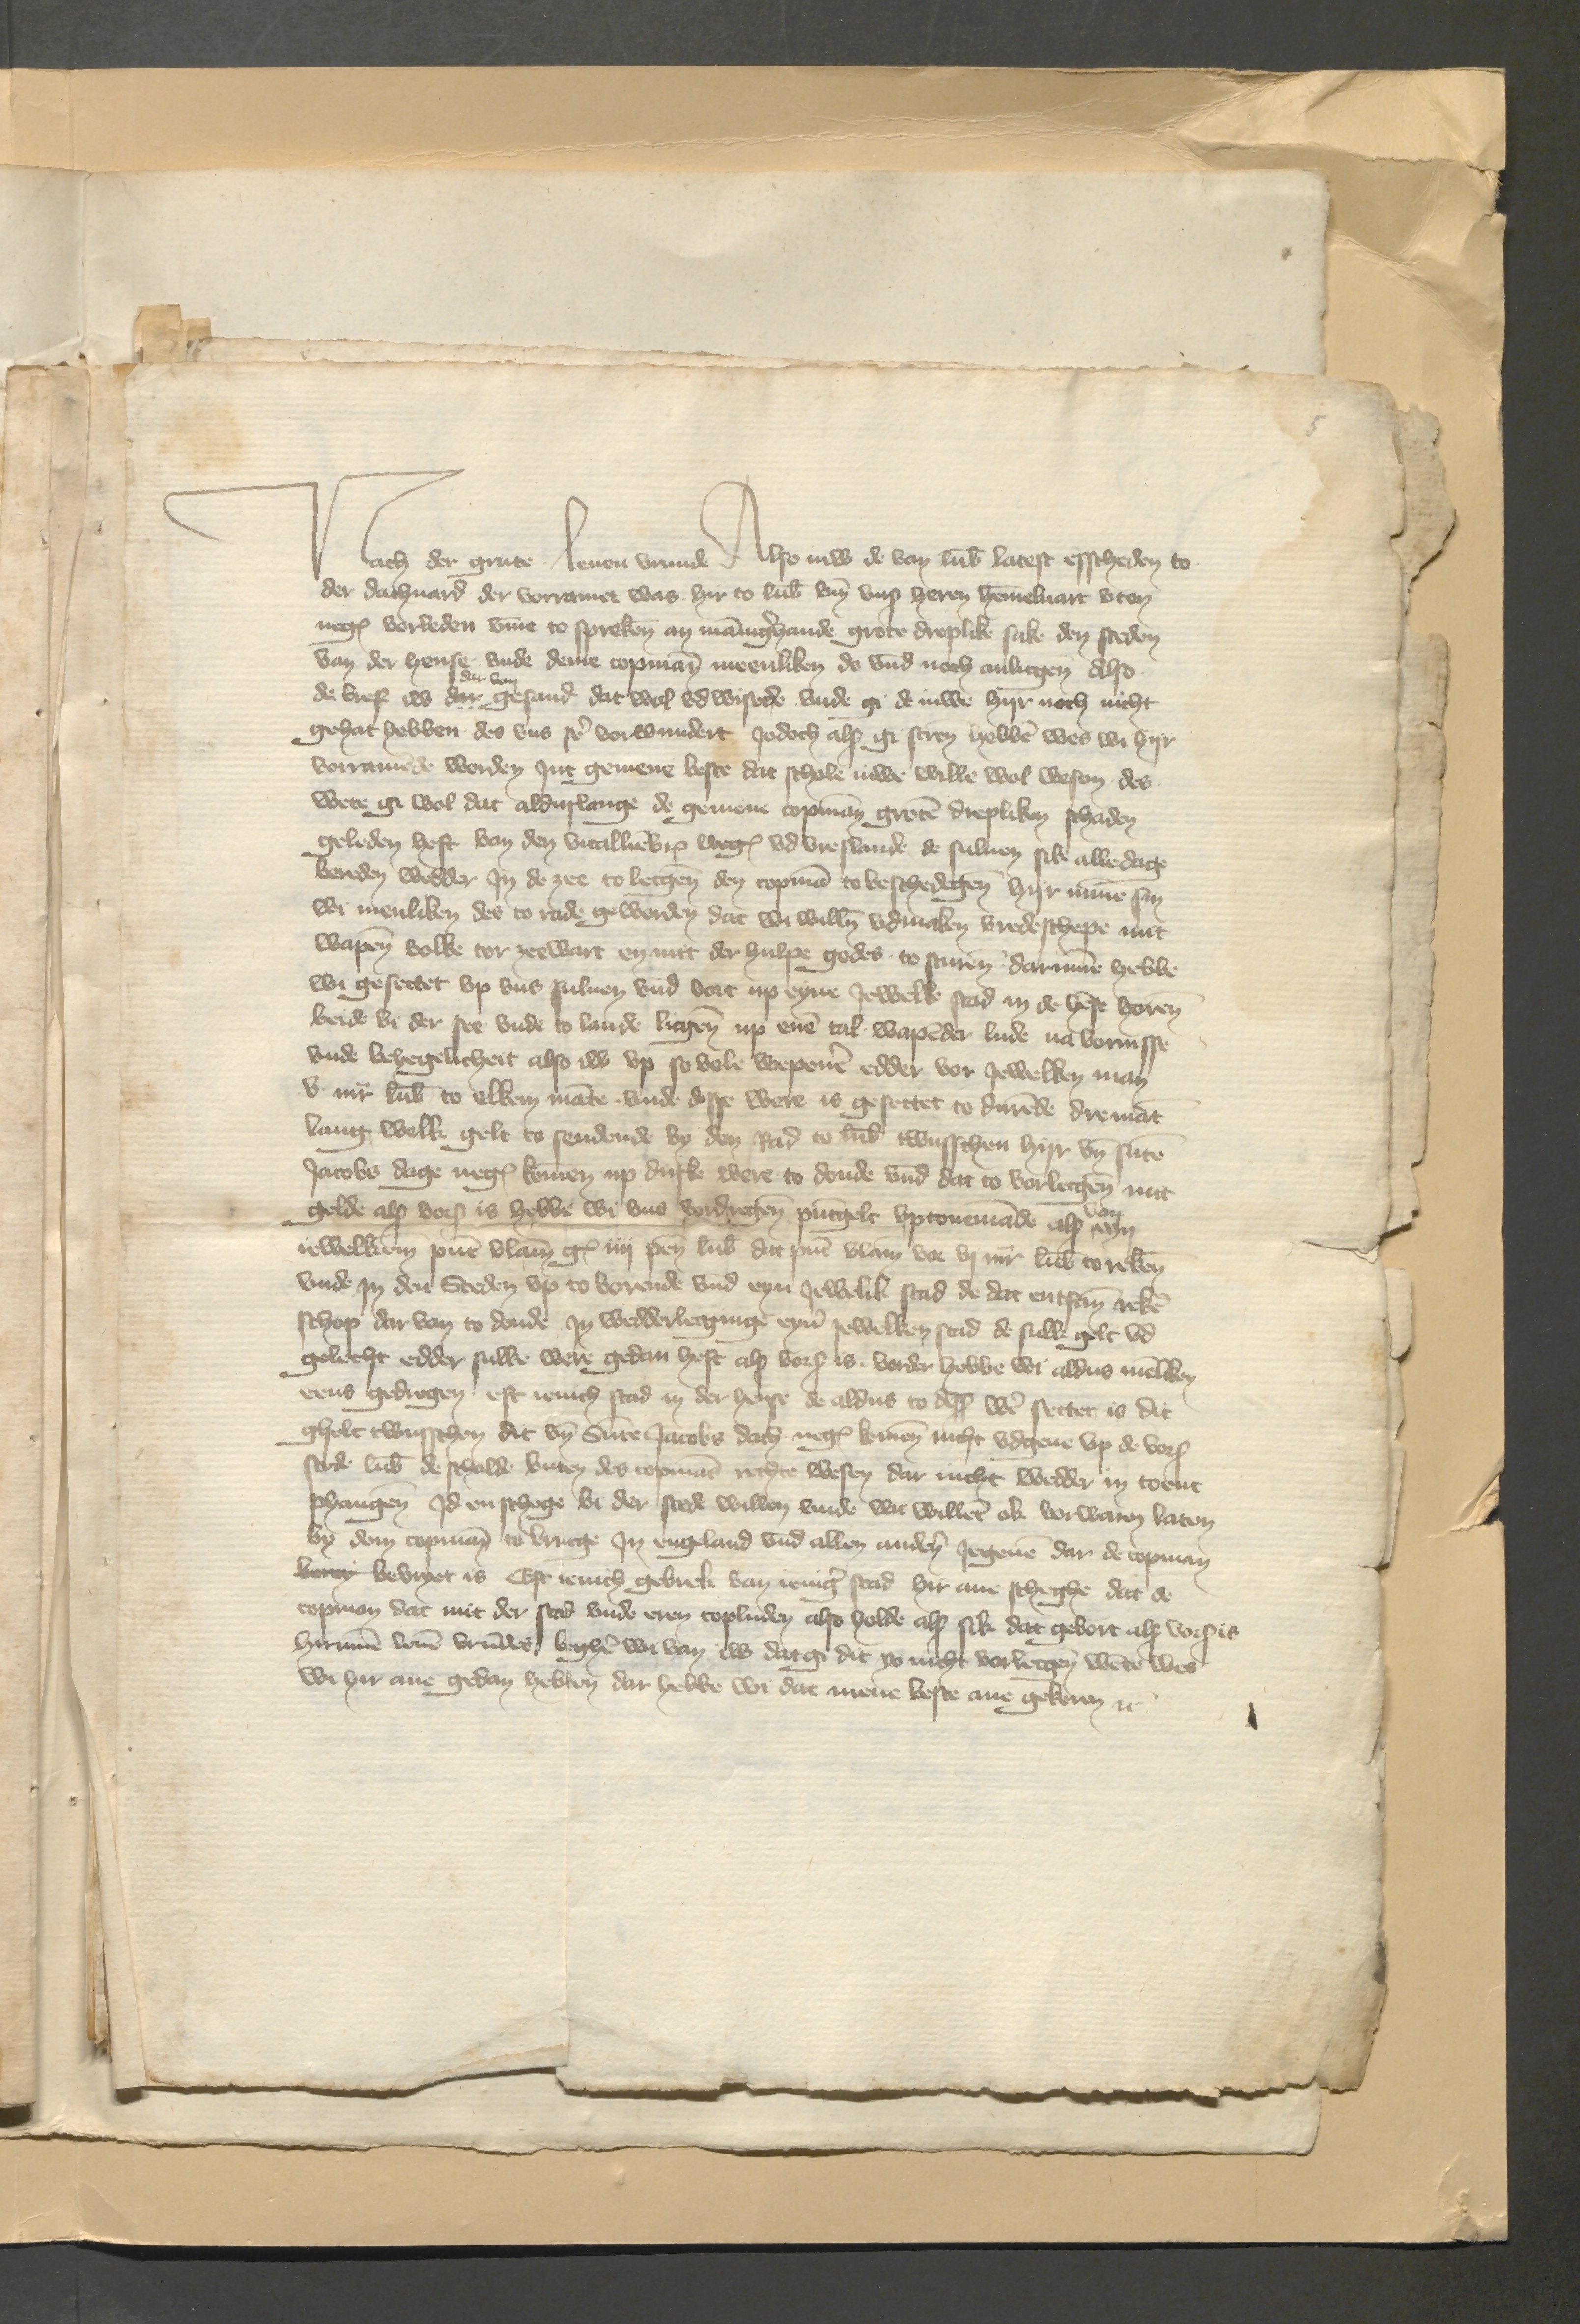
ach der grute leuen vrunde Also iuw de van Lubeke latest esscheden to
der dachuard der vorramet was hir to Lubeke vnd vnse heren Hemmeluart vten
negest vorleden vmme to spreken an mannigerhande grote dreplike sake den steden
van der hense, vnde deme Copmann meenliken do vnd noch anlicgen, also
dar van
de bref iw dar gesand dat wol vd wisede vnde gi de iuwe hyr noch nicht
gehat hebben des vns ser vorwundert, Jodoch als gi screuen hebben wes wi hyr
vorramende worden Jn gemene beste dan schole iuwe wille wol wesen des
wete gi wol dat alduslange de gemene Copman groten drepliken schaden
geleden heft van den vitallienbruder wegen vd Vreslande de suluen sik alledage
bereden wedder Jn de zee to legen den Copman to beschedigen hyr umme sin
wi menliken des to rade geworden dar wi willen maken vredeschepe mit
wapenen volke tor zeewart en mit der hulpe godes to sturen darumme hebbe
wo gesettet vp vns suluen vnd vort up eyne Jewelke stad in de hense horen
beide bi der see vnde to lande licgen up enen tal wapen der lude na vornisse
vnde behegelicheit also iw vp so vele wepenen edder vor Jewelken man
v mark Lubsch to elkem mante vnde desse were is gesettet to durende dremant
lang welk gelt to sendende by den Rad to Lubeke twusschen hyr vnd sunte
Jacob dage negest komen vp duske were to donde vnd dar to vorlecgen nut
gelde als vorscreuen is hebbe wir vnde vordregenen puntgelde vptonemande van eyn
iewelken punt vlamisch gulden iiij pennig Lubsch dat punt vlamisch vor vj mark Lubsch to rekenen
vnde Jn den Steden vp to vorende vnd eyn Jewelik stad de dat entfangen reke¬
schop dar van to donde Jn wedderlecginge eynen jewelken stad de sulk gelt vd
gelecht edder sulke were gedan heft als vorscreuen is vorder hebbe wi aldus menliken
eens gedregen eft ienich stad in der hense de aldus to dessen wer settet is dit
gelt twusschen dit vnd Sunte Jacobis dach negest komenen nicht vdgeue vp de vorscreuen
stede Lubeke de scholde buten des Copmans rechte wesen dar nicht wedder in toent
phangen Id en schege bi der stede willen vnde wi willent ok vorwaren laten
by dem Copman to Brucge Jn engeland vnd allen anderen Jegenen dar de Copman
bey bevryet is Erst ienich gebrek van ienige stad hir ane scheghe dat de
Copman dat mit der stad vnde eren Copluden also holde als sik dat gebort als vorscreuen is
hirumme leuen vrundes, begheren wi van iw dat gi dit so nicht vorlecgenn wente wes
wi hir ane gedan hebben dar hebbe wo dat mene beste ane gekeren etcetera